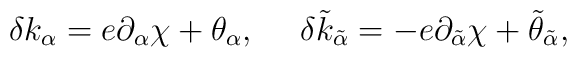
\delta k_\alpha =e\partial_\alpha \chi +\theta_\alpha , \ \ \ \ \delta\tilde{k}_{\tilde{\alpha}} =-e\partial_{\tilde{\alpha}}\chi +\tilde{\theta}_{\tilde{\alpha}} ,